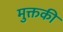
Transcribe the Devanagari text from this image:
मुक्तकी